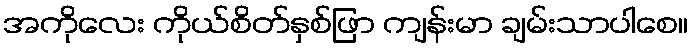
အကိုလေး ကိုယ်စိတ်နှစ်ဖြာ ကျန်းမာ ချမ်းသာပါစေ။